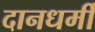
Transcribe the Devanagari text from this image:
दानधर्मी